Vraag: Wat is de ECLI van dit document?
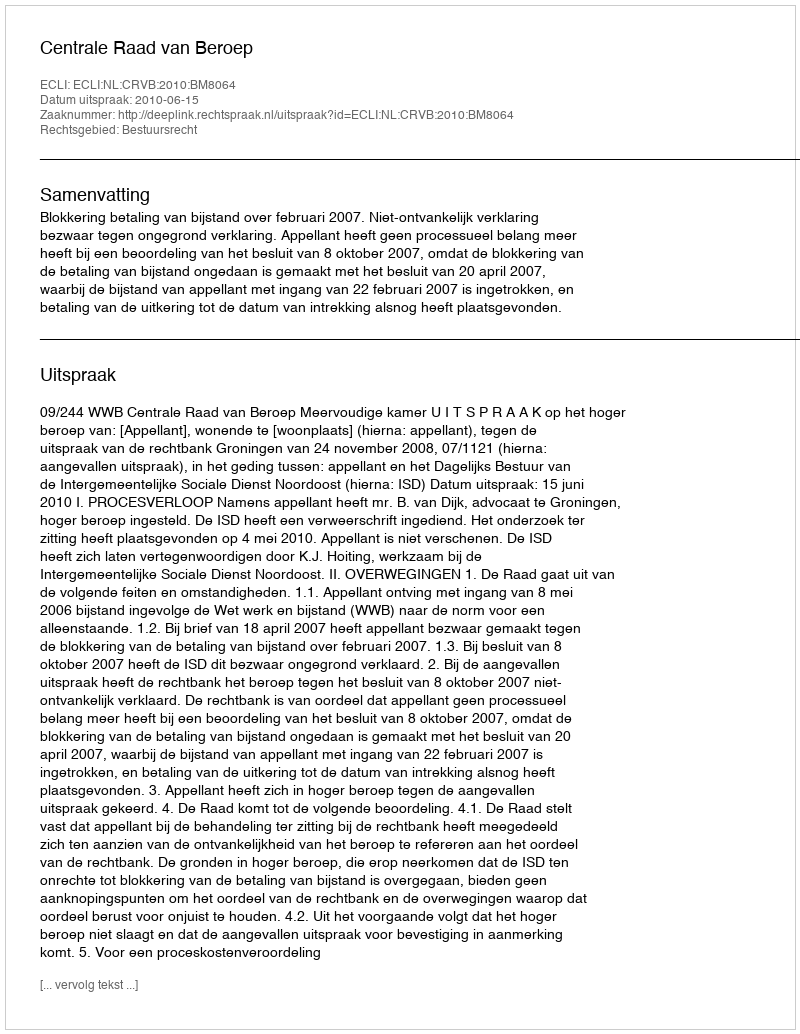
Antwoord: ECLI:NL:CRVB:2010:BM8064